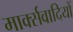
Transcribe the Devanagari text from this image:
मार्क्सवादियों